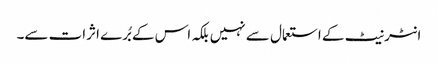
انٹرنیٹ کے استعمال سے نہیں بلکہ اس کے بُرے اثرات سے۔